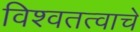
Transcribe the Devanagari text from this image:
विश्वतत्वाचे